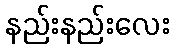
နည်းနည်းလေး